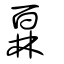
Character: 𤾓